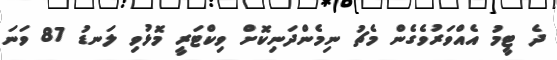
ދެ ޓީމު އެއްވަރުވެގެން މެޗު ނިމެންދަނިކޮށް ވިކްޓަރީ މޮޅުވި ލަނޑު 87 ވަނަ